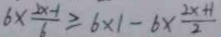
6 \times \frac { 2 x - 1 } { 6 } \geq 6 \times 1 - 6 \times \frac { 2 x + 1 } { 2 }